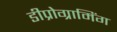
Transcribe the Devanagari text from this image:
डीप्रोग्रामिंग